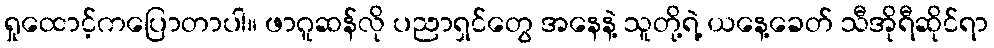
ရှုထောင့်ကပြောတာပါ။ ဖာဂူဆန်လို ပညာရှင်တွေ အနေနဲ့ သူတို့ရဲ့ ယနေ့ခေတ် သီအိုရီဆိုင်ရာ